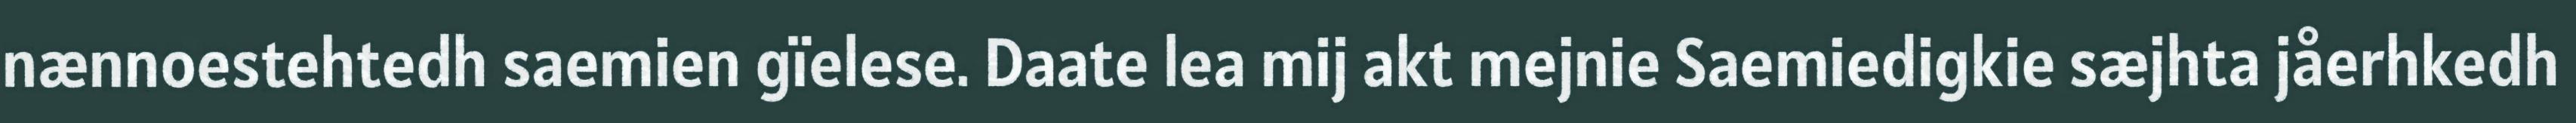
nænnoestehtedh saemien gïelese. Daate lea mij akt mejnie Saemiedigkie sæjhta jåerhkedh